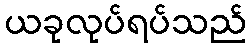
ယခုလုပ်ရပ်သည်